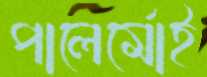
পালের্মোই